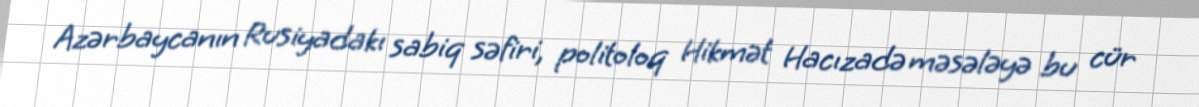
Azərbaycanın Rusiyadakı sabiq səfiri, politoloq Hikmət Hacızadə məsələyə bu cür